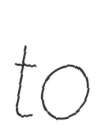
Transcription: to